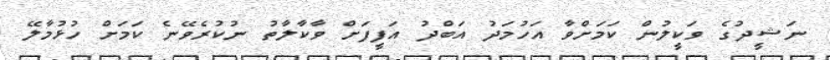
ނަޝީދުގެ ވަކީލުން ކަމަށްވާ އަހުމަދު އަބްދު އަފީފަށް ވާކާލާތު ނުކުރެވޭނެ ކަމަށް ހުޅުމާލޭ